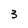
Character: 3